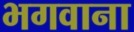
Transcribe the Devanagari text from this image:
भगवाना